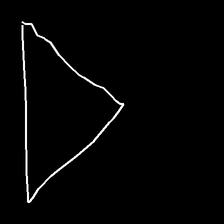
Glyph: convergence